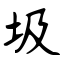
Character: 圾